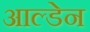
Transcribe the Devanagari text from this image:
आल्डेन